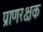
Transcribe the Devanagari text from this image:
प्राणरक्षक